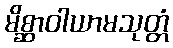
မိစ္ဆာဝါယာမသုတ္တံ